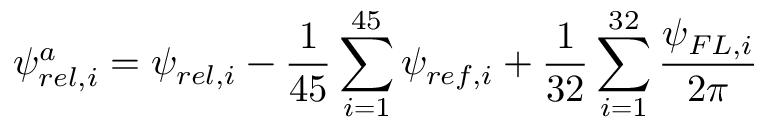
\psi _ { r e l , i } ^ { a } = \psi _ { r e l , i } - \frac { 1 } { 4 5 } \sum _ { i = 1 } ^ { 4 5 } \psi _ { r e f , i } + \frac { 1 } { 3 2 } \sum _ { i = 1 } ^ { 3 2 } \frac { \psi _ { F L , i } } { 2 \pi }